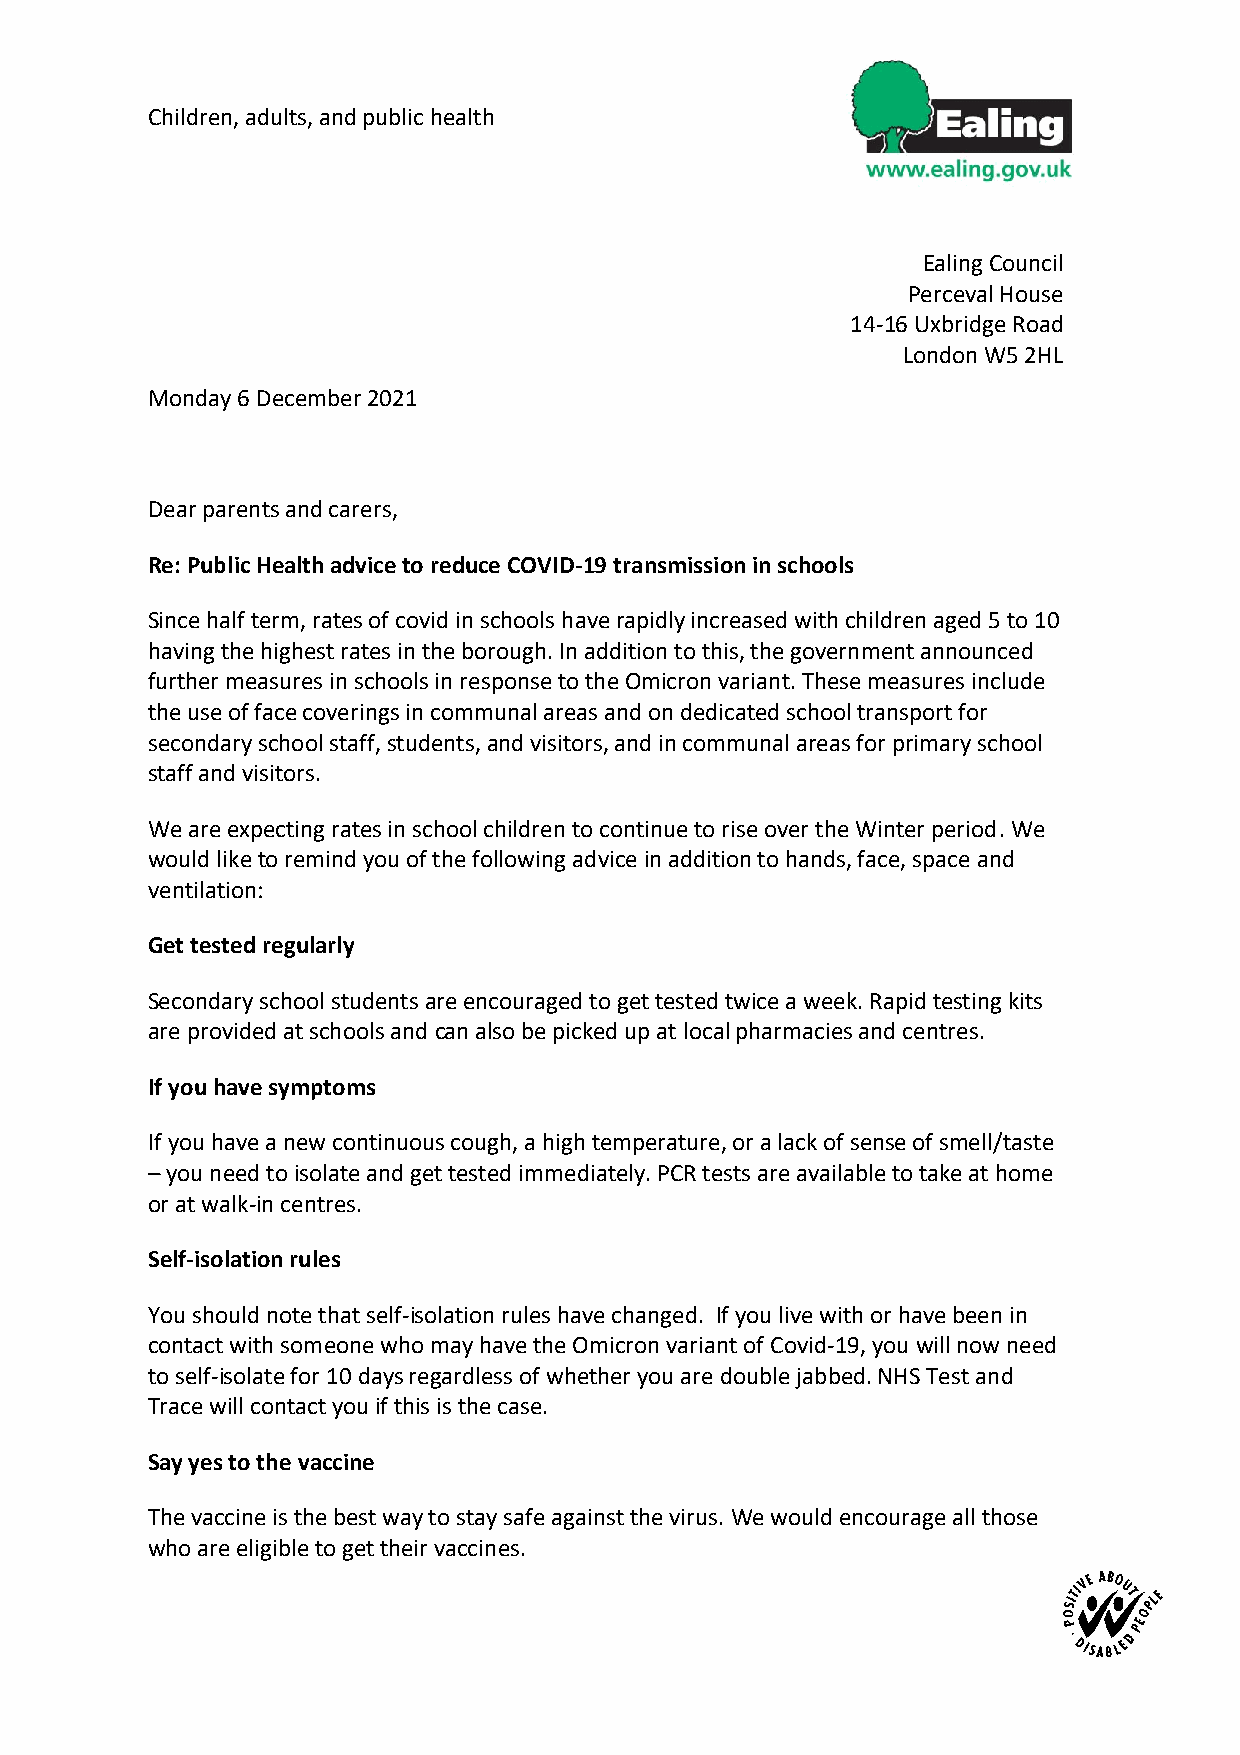
Children, adults, and public health
 Ealing Council
 Perceval House
 14-16 Uxbridge Road
 London W5 2HL
 Monday 6 December 2021
 Dear parents and carers,
 Re: Public Health advice to reduce COVID-19 transmission in schools
 Since half term, rates of covid in schools have rapidly increased with children aged 5 to 10
 having the highest rates in the borough. In addition to this, the government announced
 further measures in schools in response to the Omicron variant. These measures include
 the use of face coverings in communal areas and on dedicated school transport for
 secondary school staff, students, and visitors, and in communal areas for primary school
 staff and visitors.
 We are expecting rates in school children to continue to rise over the Winter period. We
 would like to remind you of the following advice in addition to hands, face, space and
 ventilation:
 Get tested regularly
 Secondary school students are encouraged to get tested twice a week. Rapid testing kits
 are provided at schools and can also be picked up at local pharmacies and centres.
 If you have symptoms
 If you have a new continuous cough, a high temperature, or a lack of sense of smell/taste
 – you need to isolate and get tested immediately. PCR tests are available to take at home
 or at walk-in centres.
 Self-isolation rules
 You should note that self-isolation rules have changed. If you live with or have been in
 contact with someone who may have the Omicron variant of Covid-19, you will now need
 to self-isolate for 10 days regardless of whether you are double jabbed. NHS Test and
 Trace will contact you if this is the case.
 Say yes to the vaccine
 The vaccine is the best way to stay safe against the virus. We would encourage all those
 who are eligible to get their vaccines.